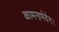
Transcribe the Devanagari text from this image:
कामनाभेदेन।